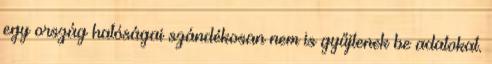
egy ország hatóságai szándékosan nem is gyűjtenek be adatokat.